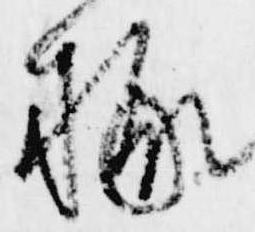
掾